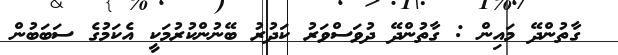
ގާތުންދޭ މައިން : ގާތުންދޭ ދުވަސްވަރު ކަދުރު ބޭނުންކުރުމަކީ އެކަމުގެ ސަބަބުން